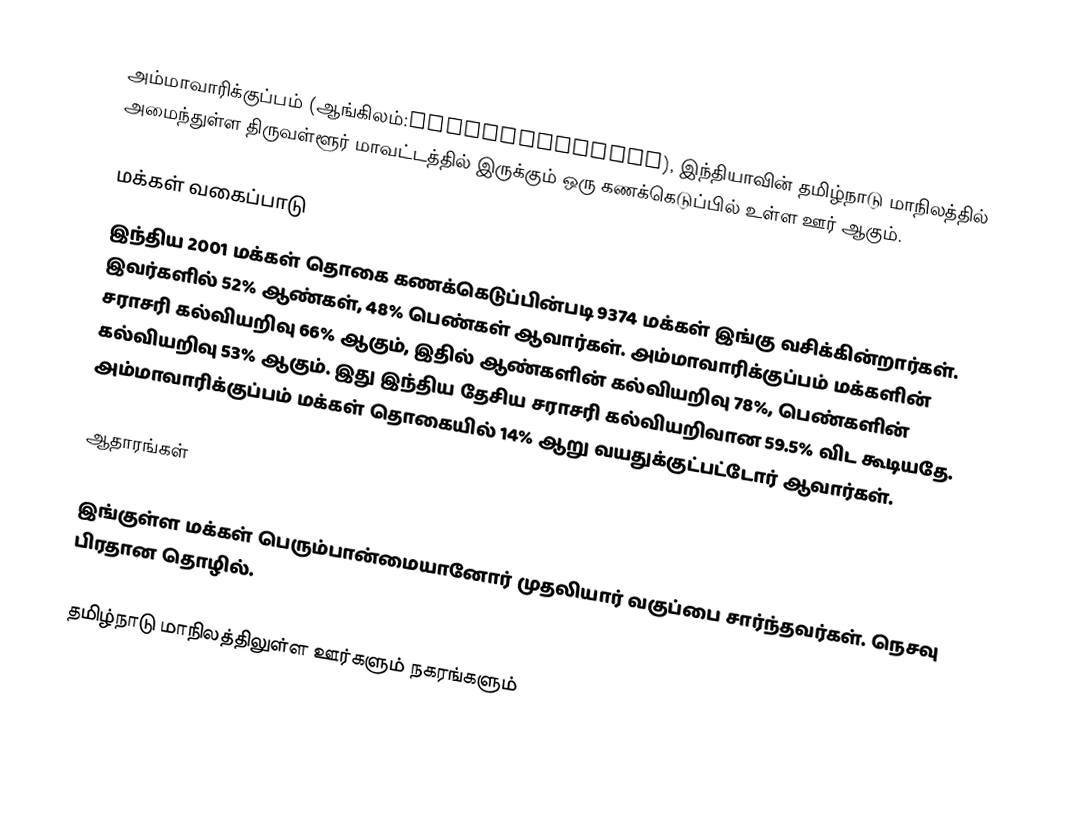
அம்மாவாரிக்குப்பம் (ஆங்கிலம்:Ammavarikuppam), இந்தியாவின் தமிழ்நாடு மாநிலத்தில் அமைந்துள்ள திருவள்ளூர் மாவட்டத்தில் இருக்கும் ஒரு கணக்கெடுப்பில் உள்ள ஊர்  ஆகும்.

மக்கள் வகைப்பாடு
இந்திய 2001 மக்கள் தொகை கணக்கெடுப்பின்படி 9374 மக்கள் இங்கு வசிக்கின்றார்கள். இவர்களில் 52% ஆண்கள், 48% பெண்கள் ஆவார்கள். அம்மாவாரிக்குப்பம் மக்களின் சராசரி கல்வியறிவு 66% ஆகும்,  இதில் ஆண்களின் கல்வியறிவு 78%,  பெண்களின் கல்வியறிவு 53% ஆகும். இது இந்திய தேசிய சராசரி கல்வியறிவான 59.5% விட கூடியதே. அம்மாவாரிக்குப்பம் மக்கள் தொகையில் 14%  ஆறு வயதுக்குட்பட்டோர் ஆவார்கள்.

ஆதாரங்கள்

இங்குள்ள மக்கள் பெரும்பான்மையானோர் முதலியார் வகுப்பை சார்ந்தவர்கள். நெசவு பிரதான தொழில்.

தமிழ்நாடு மாநிலத்திலுள்ள ஊர்களும் நகரங்களும்